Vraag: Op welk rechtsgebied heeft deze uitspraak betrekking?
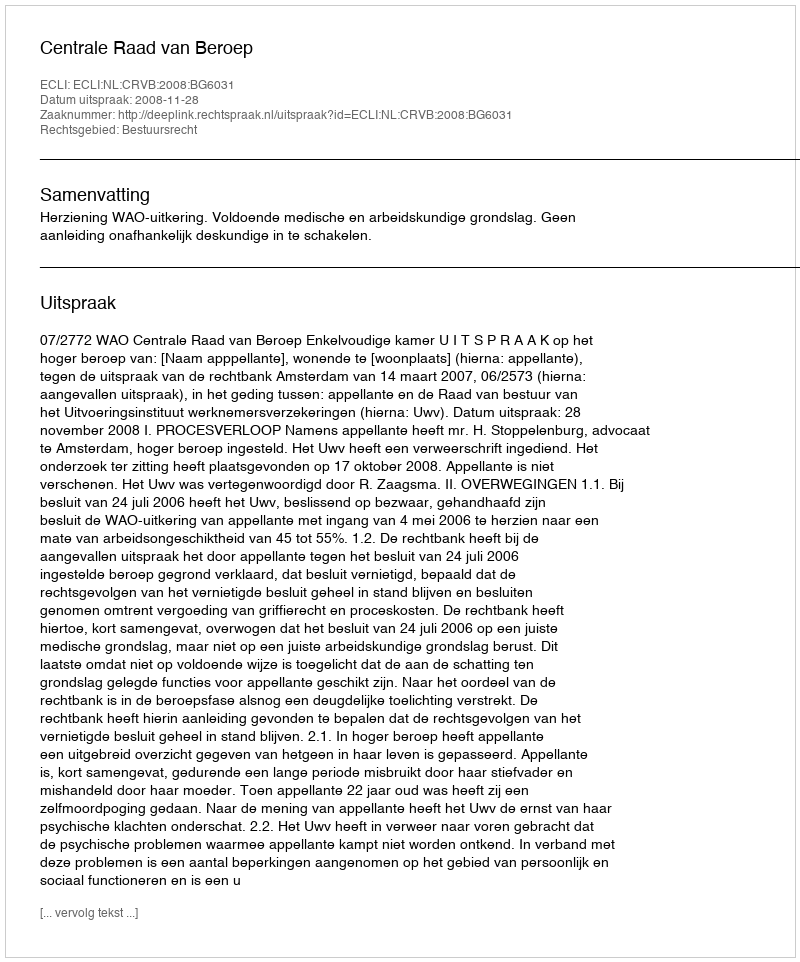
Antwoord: Bestuursrecht